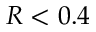
R < 0 . 4